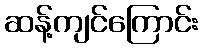
ဆန့်ကျင်ကြောင်း